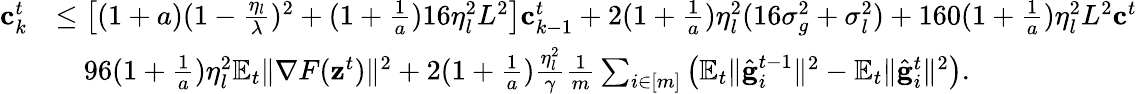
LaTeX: \begin{array}{rl}{\mathbf{c}_{k}^{t}}&{\leq\left[(1+a)(1-\frac{\eta_{l}}{\lambda})^{2}+(1+\frac{1}{a})16\eta_{l}^{2}L^{2}\right]\mathbf{c}_{k-1}^{t}+2(1+\frac{1}{a})\eta_{l}^{2}(16\sigma_{g}^{2}+\sigma_{l}^{2})+160(1+\frac{1}{a})\eta_{l}^{2}L^{2}\mathbf{c}^{t}}\\ &{\quad 96(1+\frac{1}{a})\eta_{l}^{2}\mathbb{E}_{t}\Vert\nabla F(\mathbf{z}^{t})\Vert^{2}+2(1+\frac{1}{a})\frac{\eta_{l}^{2}}{\gamma}\frac{1}{m}\sum_{i\in[m]}\left(\mathbb{E}_{t}\Vert\hat{\mathbf{g}}_{i}^{t-1}\Vert^{2}-\mathbb{E}_{t}\Vert\hat{\mathbf{g}}_{i}^{t}\Vert^{2}\right).}\end{array}